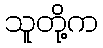
သူတို့က